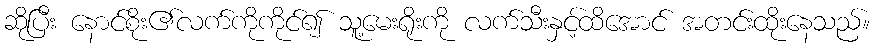
ဆိုပြီး နောင်စိုး၏လက်ကိုကိုင်၍ သူ့မေးရိုးကို လက်သီးနှင့်ထိအောင် အတင်းထိုးနေသည်။